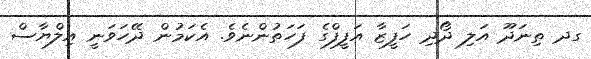
ގދ ތިނަދޫ އަލި ދޯދި ހަފީޒާ އަފީފްގެ ފަހަތުންނެވެ. އެކަމުން ދޭހަވަނީ އިލްޔާސް